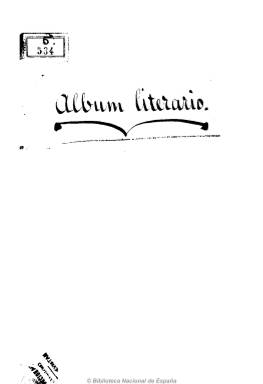
Título: Álbum literario (Madrid)
Colección: Literatura
Ámbito geográfico: Madrid
Lugar de publicación: Madrid
Fechas: 10/12/1857-14/11/1858

Subtitulado “periódico de ciencias y literatura”, incluye artículos de historia y crítica literaria, de historia española, composiciones en verso, leyendas, máximas y noticias y crónicas de espectáculos, en concreto sobre teatros y zarzuela de la capital. Apareció el 20 de noviembre de 1857, publicándose cuatro veces al mes y después los domingos. Los dos primeros números dirigidos por Francisco Bañares, al que le sustituye Isidoro García Flores. Como secretario actúa, primero, Genaro Perogordo Rodríguez y, después, Manuel Gaya y Marzal.

Todos ellos autores de textos en el periódico, además de Luis Montalvo y Jardín, Ezequiel Jaquele y Ventero, Fermín Gonzalo Morón, Francisco de Sales, G. Romero Larrañaga, Manuel José Quintana y Francisco Quiroga de Barcia, entre otros. Aparecen las firmas de dos mujeres: Eduarda Montero Morales y Claudia Alverte de Puyol, y también colaboran los propios suscriptores.

De entre 8 y 14 páginas por número fue estampado en la Imprenta de la Viuda de Vázquez e hijo y en la de Manuel Galiano. Su editor-responsable fue Antonio Nuévalos.